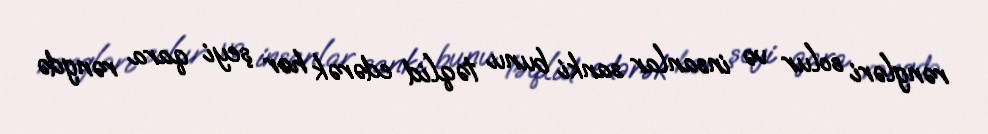
rəngləri solur və insanlar sanki bunu təqlid edərək hər şeyi qara rəngdə